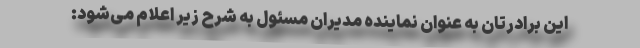
این برادرتان به عنوان نماینده مدیران مسئول به شرح زیر اعلام می‌شود: